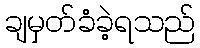
ချမှတ်ခံခဲ့ရသည်